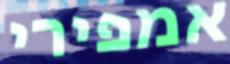
אמפירי